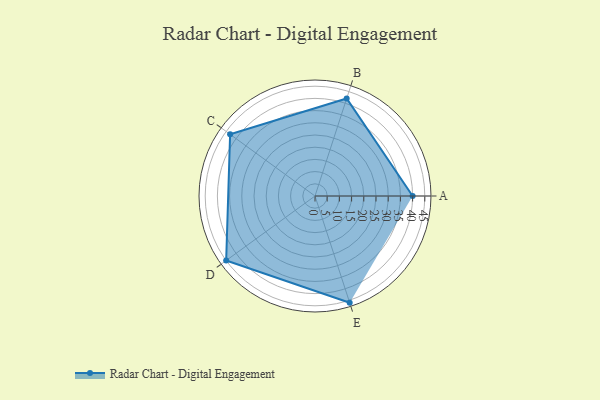
{"axis": {"x": "Skill", "y": "Score"}, "legend": ["Profile"], "data": [{"x": "A", "y": 40.0, "type": "Profile"}, {"x": "B", "y": 42.0, "type": "Profile"}, {"x": "C", "y": 43.0, "type": "Profile"}, {"x": "D", "y": 45.0, "type": "Profile"}, {"x": "E", "y": 46.0, "type": "Profile"}]}